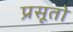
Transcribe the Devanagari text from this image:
प्रसूतो